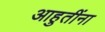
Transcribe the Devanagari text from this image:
आहुतींना